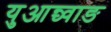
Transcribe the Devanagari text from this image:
युआन्च्वाङ